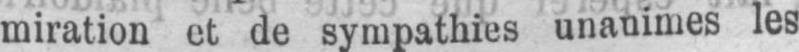
miration et de sympathies unanimes les